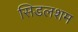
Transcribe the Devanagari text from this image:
सिडलशम